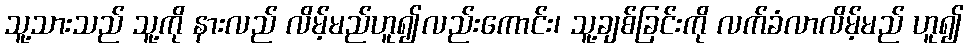
သူ့သားသည် သူ့ကို နားလည် လိမ့်မည်ဟူ၍လည်းကောင်း၊ သူ့ချစ်ခြင်းကို လက်ခံလာလိမ့်မည် ဟူ၍